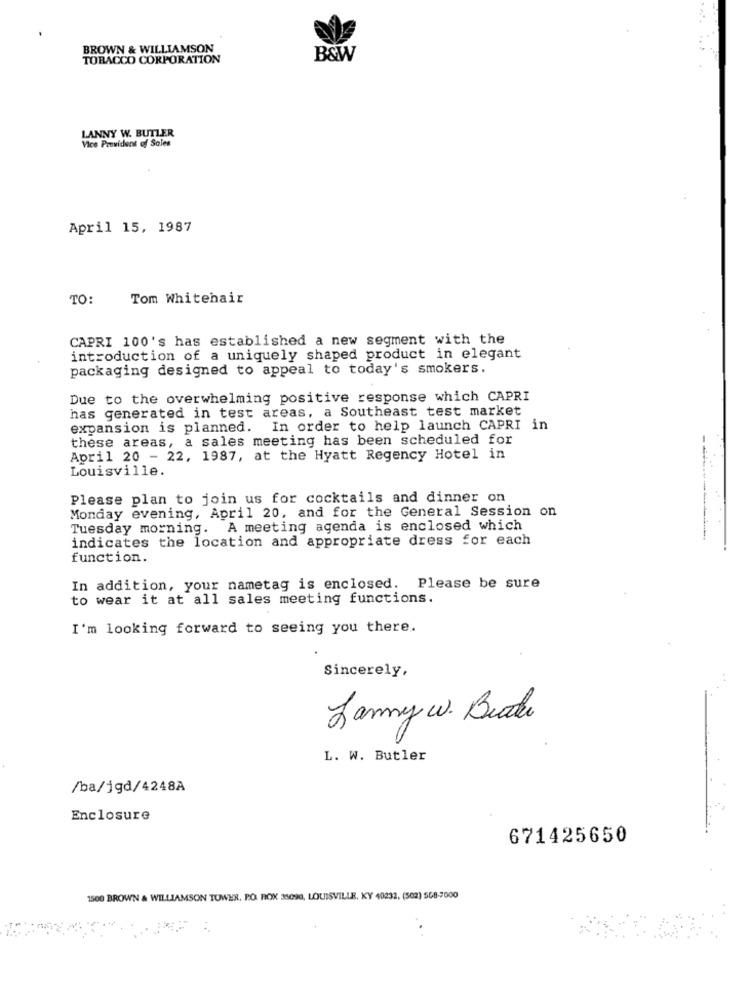
BROWN & WILLIAMSON
TOBACCO CORPORATION
B&W
LANNY W. BUTLER
Vice President of Sales
April 15, 1987
TO:
Tom Whitehair
CAPRI 100's has established a new segment with the
introduction of a uniquely shaped product in elegant
packaging designed to appeal to today's smokers.
Due to the overwhelming positive response which CAPRI
has generated in test areas, a Southeast test market
expansion is planned. In order to help launch CAPRI in
these areas, a sales meeting has been scheduled for
April 20 - 22, 1987, at the Hyatt Regency Hotel in
Louisville.
Please plan to join us for cocktails and dinner on
Monday evening, April 20, and for the General Session on
Tuesday morning. A meeting agenda is enclosed which
indicates the location and appropriate dress for each
function.
In addition, your nametag is enclosed. Please be sure
to wear it at all sales meeting functions.
I'm looking forward to seeing you there.
Sincerely,
Lanny w. Beate
L. W. Butler
/ba/jgd/4248A
Enclosure
671425650
1500 BROWN & WILLIAMSON TUWER, PO. BOX 35090, LOUISVILLE, KY 40232. (502) 568-7000